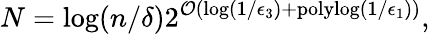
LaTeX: N=\log(n/\delta)2^{\mathcal{O}(\log(1/\epsilon_{3})+\mathrm{polylog}(1/\epsilon_{1}))},